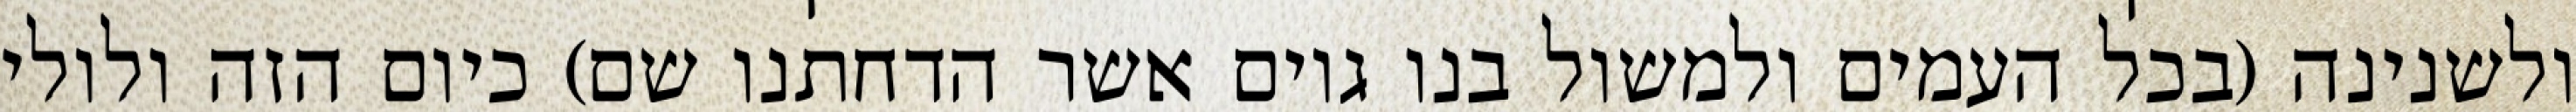
ולשנינה (בכל העמים ולמשול בנו גוים אשר הדחתנו שם) כיום הזה ולולי